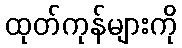
ထုတ်ကုန်များကို